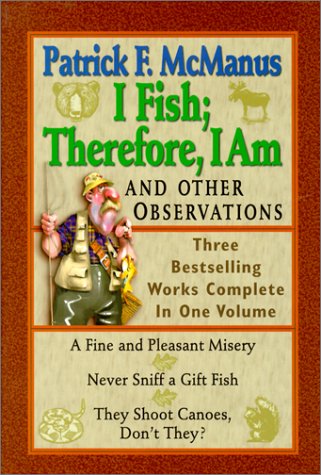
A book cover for I Fish; Therefore, I Am: And Other Observations; Patrick F. McManus; Humor & Entertainment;